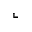
\llcorner